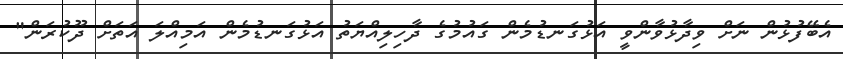
އެބޭފުޅުން ނަށް ވިދާޅުވާންވީ އަޅުގަނޑުމެން ގައުމުގެ ދާހިލިއްޔަތު އަޅުގަނޑުމެން އަމިއްލަ އަތަށް ދޫކުރަން"